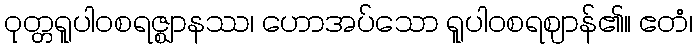
ဝုတ္တရူပါဝစရဇ္ဈာနဿ၊ ဟောအပ်သော ရူပါဝစရဈာန်၏။ ဧတံ၊